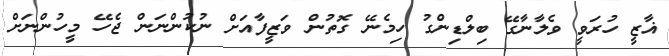
ޣާޒީ ހުރަވީ ވެލާނާގޭ ބިލްޑިންގު ހިމެނޭ ގޮތުން ވަޒީފާއަށް ނުކުންނަން ޖެހޭ މީހުންނަށް